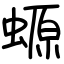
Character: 螈